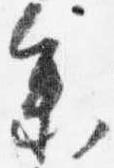
参